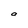
Character: a